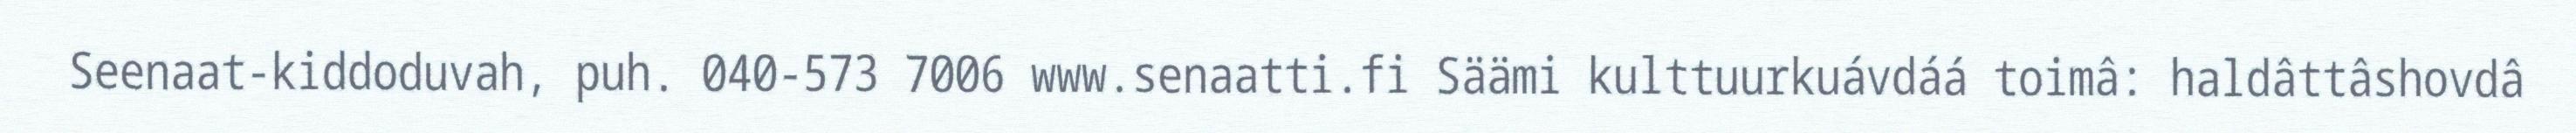
Seenaat-kiddoduvah, puh. 040-573 7006 www.senaatti.fi Säämi kulttuurkuávdáá toimâ: haldâttâshovdâ